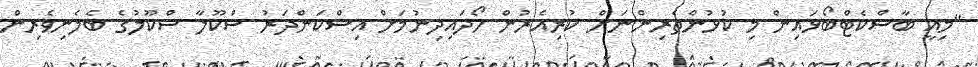
"މިއީ ބާސްކެޓްބޯޅައިން މި ކުޅުންތެރިންނަށް ކުރިއެރުން ހޯދައިދިނުމަށް އިސްކަންދަރު ސްކޫލާ ސްކޫލުގެ ބެލެނިވެރިން